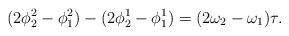
LaTeX: \begin{align*} (2\phi_2^2-\phi_1^2) - (2\phi_2^1-\phi_1^1) = (2\omega_2-\omega_1)\tau.\end{align*}